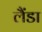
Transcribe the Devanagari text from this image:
लैंडा